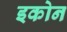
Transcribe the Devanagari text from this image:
इकोन